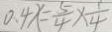
0 . 4 x = \frac { 5 } { 4 } \times \frac { 1 } { 4 }